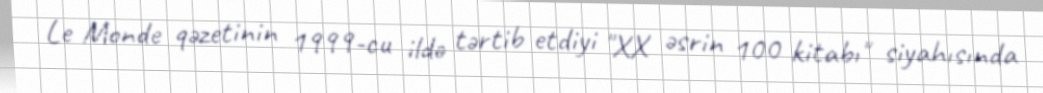
Le Monde qəzetinin 1999-cu ildə tərtib etdiyi "XX əsrin 100 kitabı" siyahısında